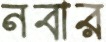
নবার